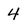
Character: 4